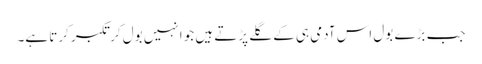
جب بڑے بول اس آدمی ہی کے گلے پڑتے ہیں جو انہیں بول کر تکبر کرتا ہے۔